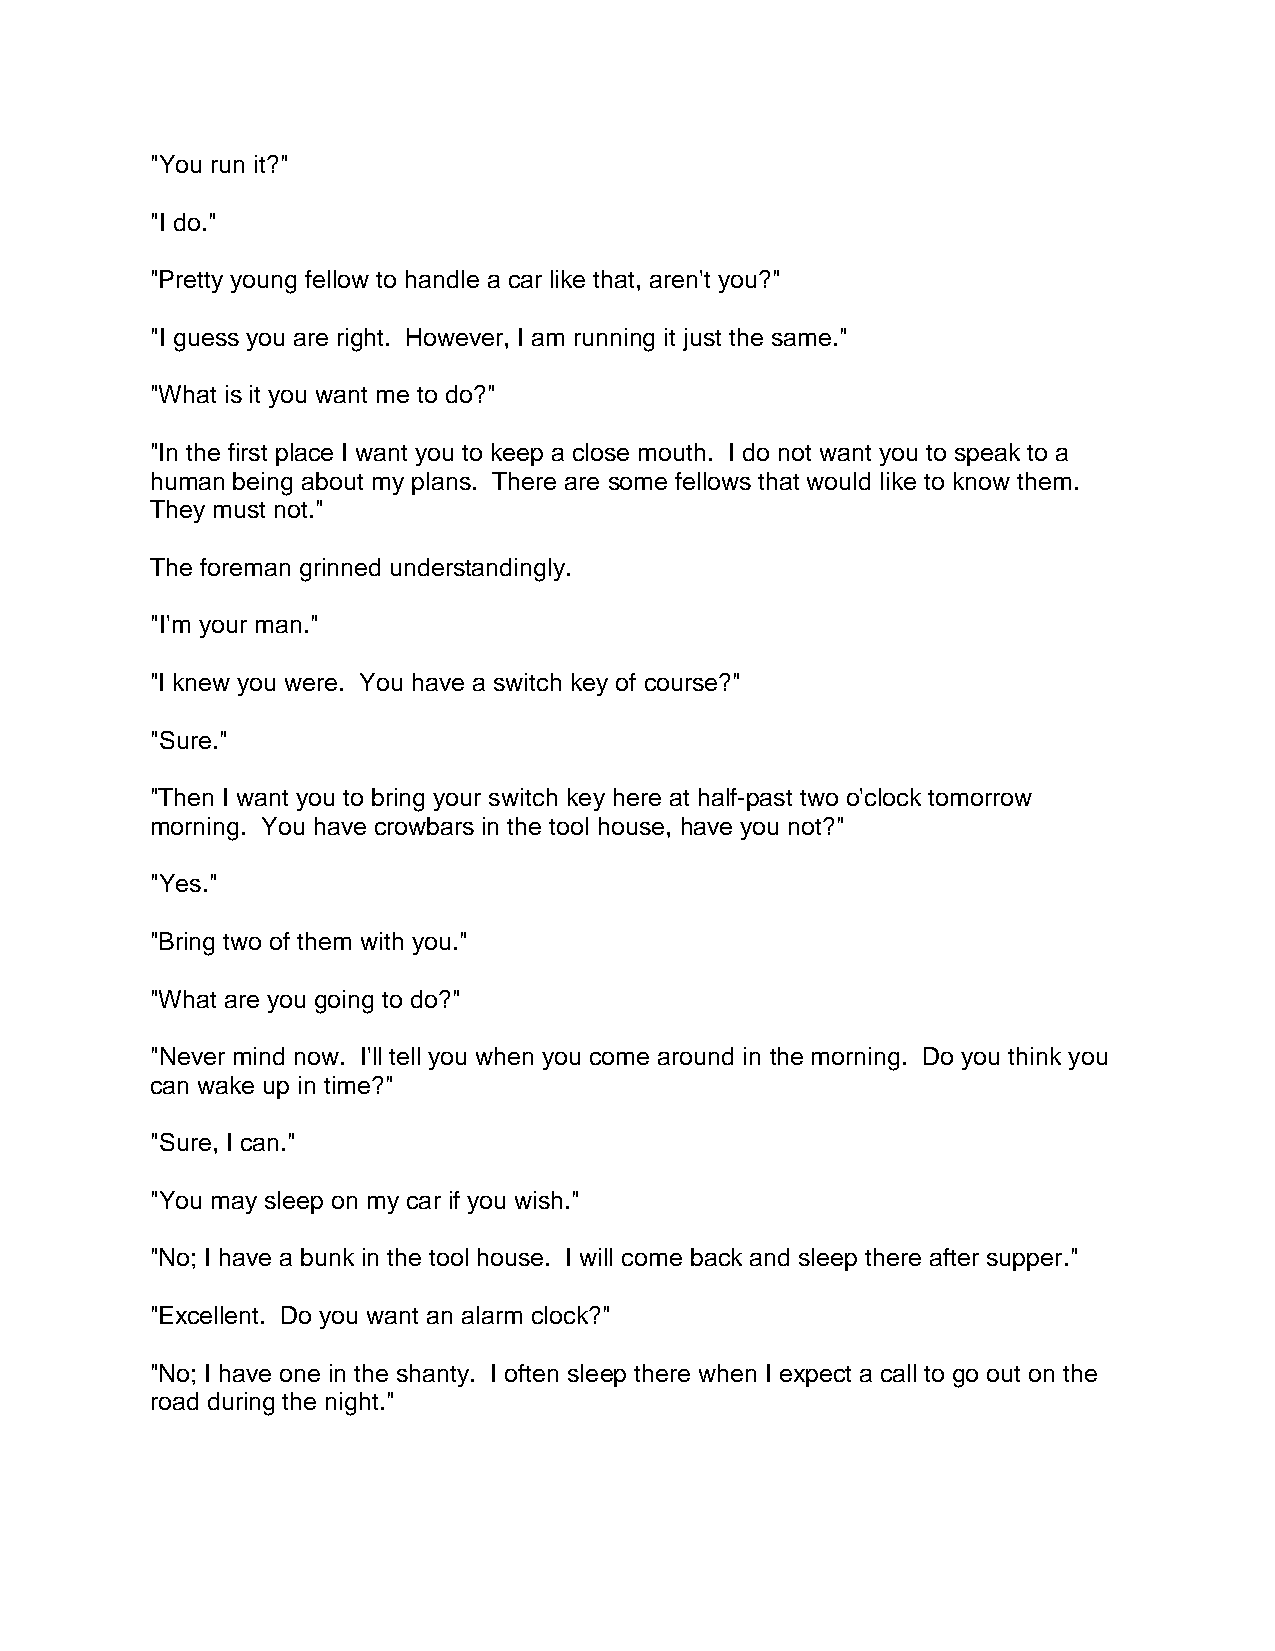
"You run it?"
 "I do."
 "Pretty young fellow to handle a car like that, aren't you?"
 "I guess you are right. However, I am running it just the same."
 "What is it you want me to do?"
 "In the first place I want you to keep a close mouth. I do not want you to speak to a
 human being about my plans. There are some fellows that would like to know them.
 They must not."
 The foreman grinned understandingly.
 "I'm your man."
 "I knew you were. You have a switch key of course?"
 "Sure."
 "Then I want you to bring your switch key here at half-past two o'clock tomorrow
 morning. You have crowbars in the tool house, have you not?"
 "Yes."
 "Bring two of them with you."
 "What are you going to do?"
 "Never mind now. I'll tell you when you come around in the morning. Do you think you
 can wake up in time?"
 "Sure, I can."
 "You may sleep on my car if you wish."
 "No; I have a bunk in the tool house. I will come back and sleep there after supper."
 "Excellent. Do you want an alarm clock?"
 "No; I have one in the shanty. I often sleep there when I expect a call to go out on the
 road during the night."